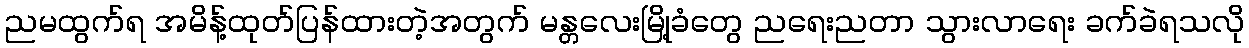
ညမထွက်ရ အမိန့်ထုတ်ပြန်ထားတဲ့အတွက် မန္တလေးမြို့ခံတွေ ညရေးညတာ သွားလာရေး ခက်ခဲရသလို